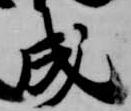
成